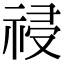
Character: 祲